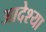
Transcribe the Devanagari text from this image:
आदेश्या